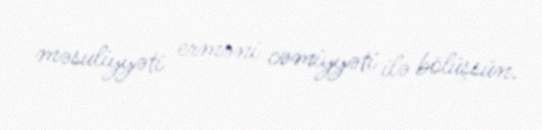
məsuliyyəti erməni cəmiyyəti ilə bölüşsün.